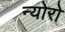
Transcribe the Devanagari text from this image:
न्योरो